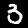
Label: 3